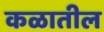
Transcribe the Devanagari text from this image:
कळातील